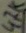
Text: 47K